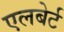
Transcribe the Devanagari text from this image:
एलबेर्ट